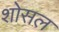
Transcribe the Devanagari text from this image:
शोसल